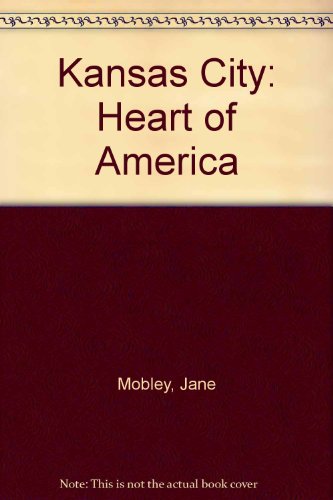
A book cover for Kansas City: Heart of America; Jane Mobley; Travel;